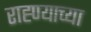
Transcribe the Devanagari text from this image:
राह्ण्याच्या